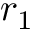
r _ { 1 }